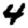
Digit: 4